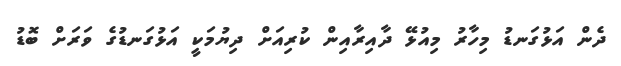
ދެން އަޅުގަނޑު މިހާރު މިއުޅޭ ދާއިރާއިން ކުރިއަށް ދިޔުމަކީ އަޅުގަނޑުގެ ވަރަށް ބޮޑު